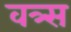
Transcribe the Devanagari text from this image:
वत्र्स